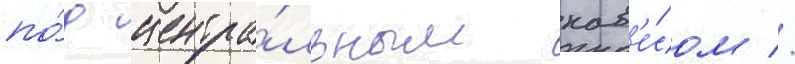
по́д центра́льным нав'е́сом //